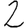
Digit: 2